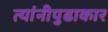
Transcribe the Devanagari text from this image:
त्यांनीपुढाकार